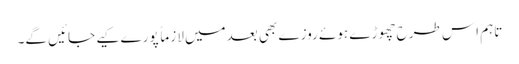
تاہم اِس طرح چھوڑے ہوئے روزے بھی بعدمیں لازماً پورے کیے جائیں گے۔